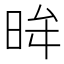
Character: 𭥿